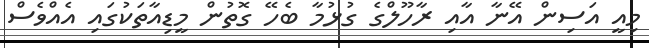
މިއީ އަސިން އޭނާ އާއި ރާހޫލްގެ ގުޅުމާ ބެހޭ ގޮތުން މީޑިއާތަކުގައި އެއްވެސް